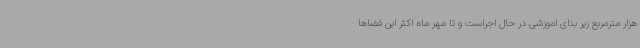
هزار مترمربع زیر بنای اموزشی در حال اجراست و تا مهر ماه اکثر این فضاها